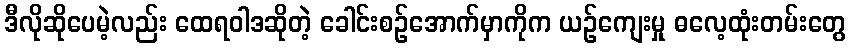
ဒီလိုဆိုပေမဲ့လည်း ထေရဝါဒဆိုတဲ့ ခေါင်းစဉ်အောက်မှာကိုက ယဉ်ကျေးမှု ဓလေ့ထုံးတမ်းတွေ